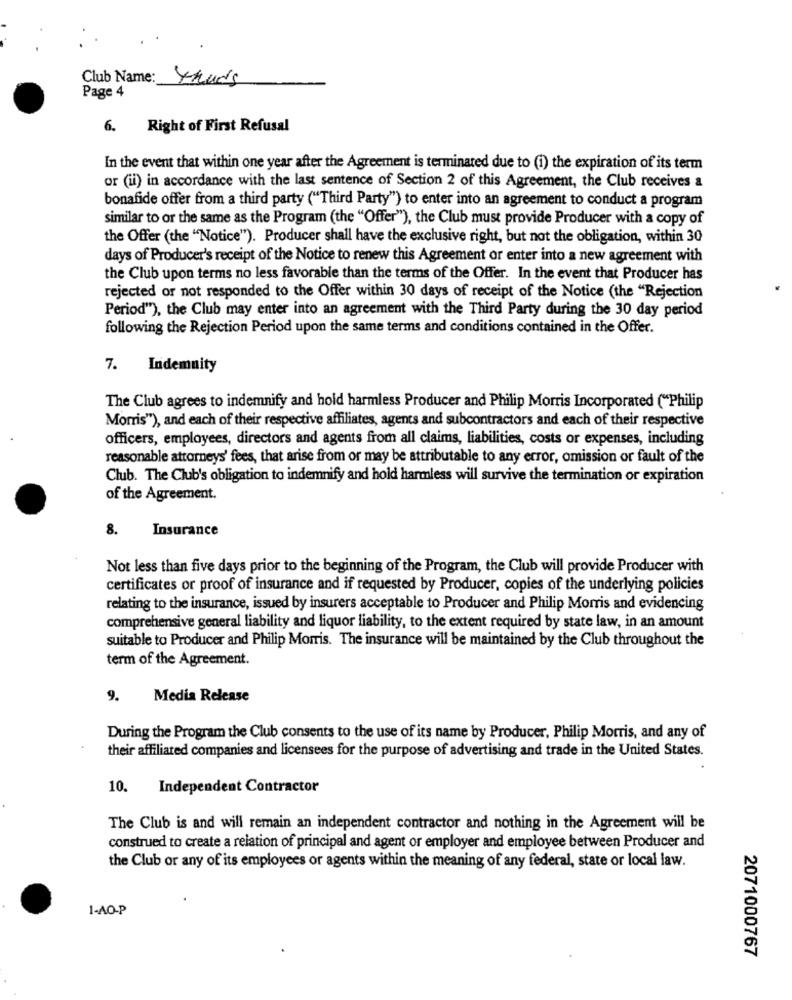
Club Name:
Yhuds
Page 4
6. Right of First Refusal
In the event that within one year after the Agreement is terminated due to (i) the expiration of its term
or (ii) in accordance with the last sentence of Section 2 of this Agreement, the Club receives a
bonafide offer from a third party ("Third Party") to enter into an agreement to conduct a program
similar to or the same as the Program (the "Offer"), the Club must provide Producer with a copy of
the Offer (the "Notice"). Producer shall have the exclusive right, but not the obligation, within 30
days of Producer's receipt of the Notice to renew this Agreement or enter into a new agreement with
the Club upon terms no less favorable than the terms of the Offer. In the event that Producer has
rejected or not responded to the Offer within 30 days of receipt of the Notice (the "Rejection
Period"), the Club may enter into an agreement with the Third Party during the 30 day period
following the Rejection Period upon the same terms and conditions contained in the Offer.
7. Indemnity
The Club agrees to indemnify and hold harmless Producer and Philip Morris Incorporated ("Philip
Morris"), and each of their respective affiliates, agents and subcontractors and each of their respective
officers, employees, directors and agents from all claims, liabilities, costs or expenses, including
reasonable attorneys' fees, that arise from or may be attributable to any error, omission or fault of the
Club. The Club's obligation to indemnify and hold harmless will survive the termination or expiration
of the Agreement.
8.
Insurance
Not less than five days prior to the beginning of the Program, the Club will provide Producer with
certificates or proof of insurance and if requested by Producer, copies of the underlying policies
relating to the insurance, issued by insurers acceptable to Producer and Philip Morris and evidencing
comprehensive general liability and liquor liability, to the extent required by state law, in an amount
suitable to Producer and Philip Morris. The insurance will be maintained by the Club throughout the
term of the Agreement.
9.
Media Release
During the Program the Club consents to the use of its name by Producer, Philip Morris, and any of
their affiliated companies and licensees for the purpose of advertising and trade in the United States.
10. Independent Contractor
The Club is and will remain an independent contractor and nothing in the Agreement will be
construed to create a relation of principal and agent or employer and employee between Producer and
the Club or any of its employees or agents within the meaning of any federal, state or local law.
1-AO-P
2071000767